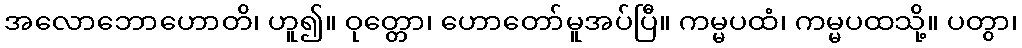
အလောဘောဟောတိ၊ ဟူ၍။ ဝုတ္တော၊ ဟောတော်မူအပ်ပြီ။ ကမ္မပထံ၊ ကမ္မပထသို့။ ပတွာ၊